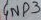
Text: GND3